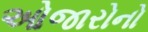
ઓજારોનો